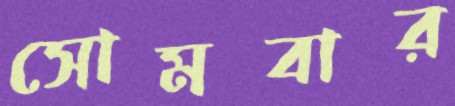
সোমবার